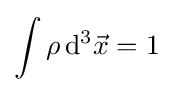
\int \rho \,\mathrm {d} ^{3}{\vec {x}}=1